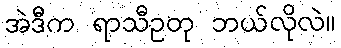
အဲဒီက ရာသီဥတု ဘယ်လိုလဲ။